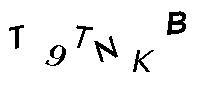
T9TNKB